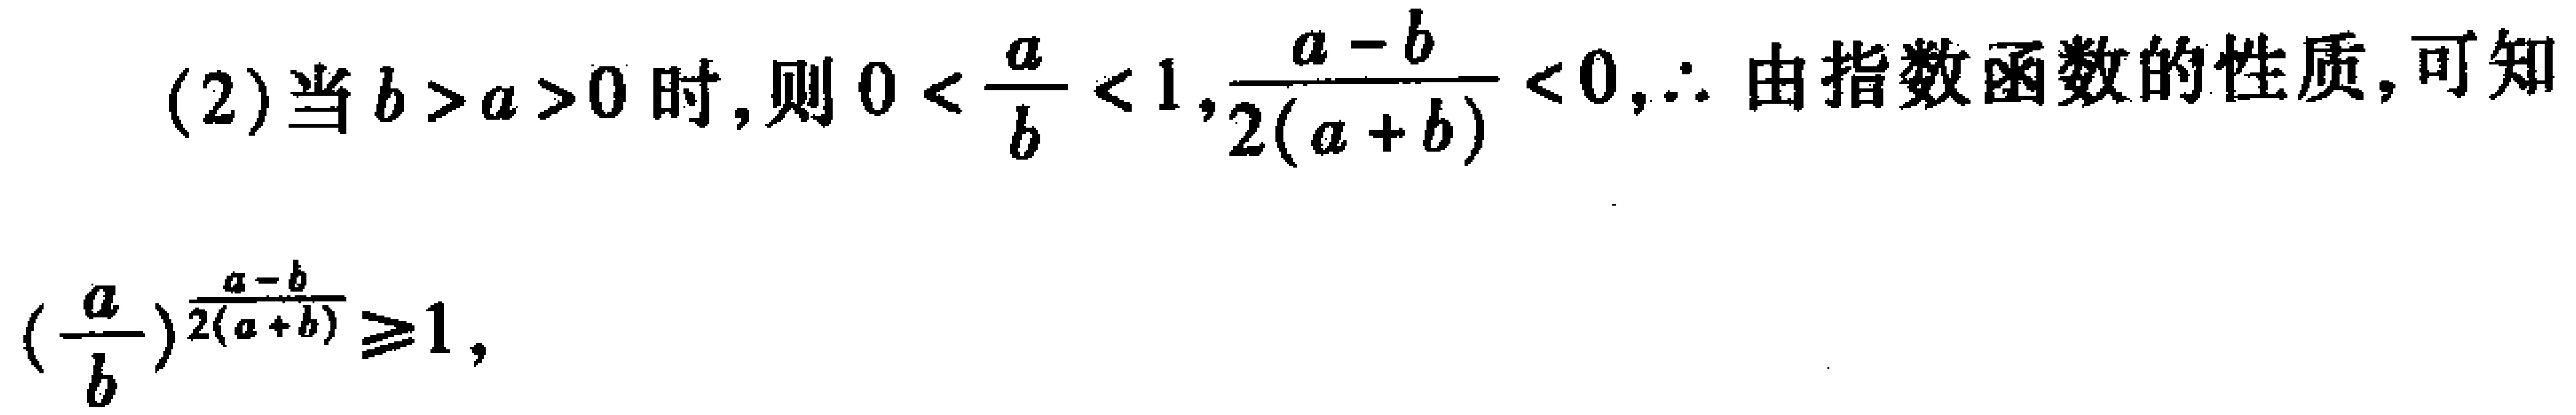
(2)当\(b > a > 0\)时,则\(0 < \frac{a}{b} < 1,\frac{a - b}{2(a + b)} < 0,\therefore\)由指数函数的性质,可知

\((\frac{a}{b})^{\frac{a - b}{2(a + b)}}\geqslant1,\)